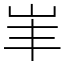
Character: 𡵞